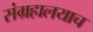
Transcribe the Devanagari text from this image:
संग्रहालयाच